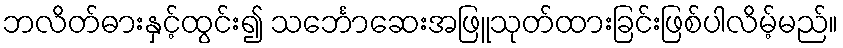
ဘလိတ်ဓားနှင့်ထွင်း၍ သင်္ဘောဆေးအဖြူသုတ်ထားခြင်းဖြစ်ပါလိမ့်မည်။